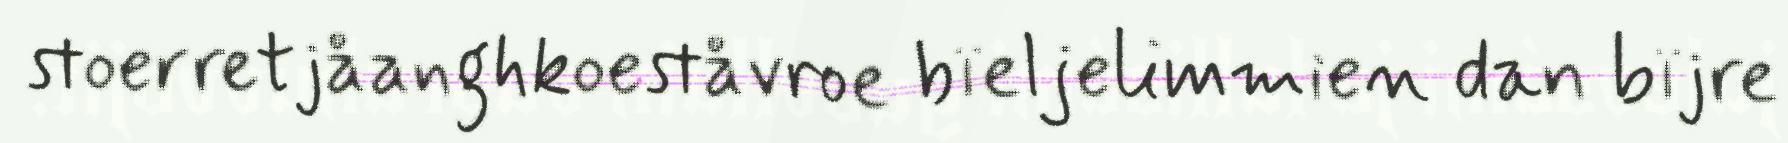
stoerretjåanghkoeståvroe bïeljelimmien dan bïjre